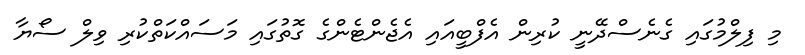
މި ފިލްމުގައި ގެނެސްދޭނީ ކުރިން އެފްބީއަައި އެޖެންޓެންގެ ގޮތުގައި މަސައްކަތްކުރި ވިލް ސޯޔާ